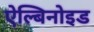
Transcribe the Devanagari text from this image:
ऐल्बिनोइड